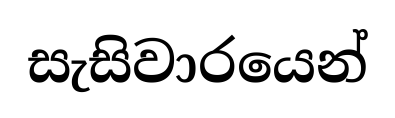
සැසිවාරයෙන්